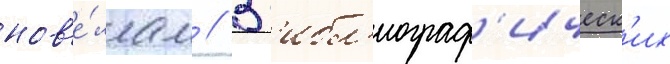
нов'е́ллам // В б'ибл'иограф'ическ'их